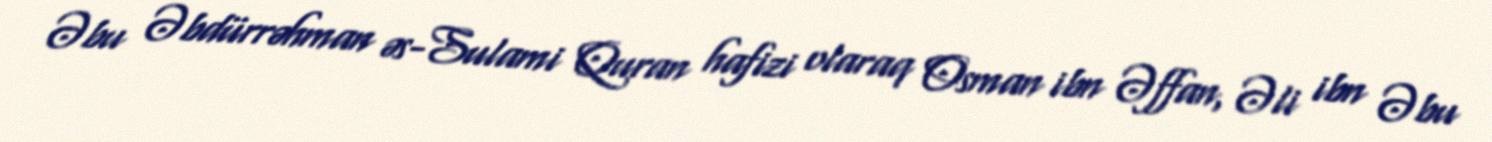
Əbu Əbdürrəhman əs-Sulami Quran hafizi olaraq Osman ibn Əffan, Əli ibn Əbu